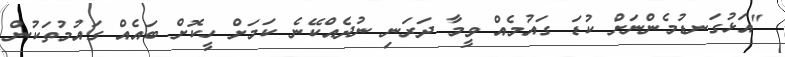
"އަޅުގަނޑުމެންނަށް ކުޑަ ގައުމެއް ވީމާ ދަރަނި ނުދެއްކޭނެ ކަމަށް ހީކޮށް ބައެއް ގައުމުތަކުން